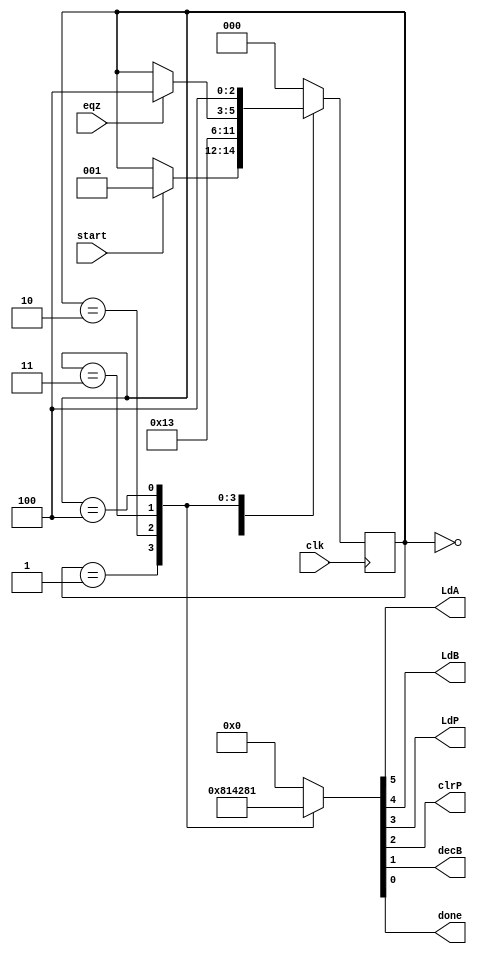
//control path for repeated multiplication data path
module MUL_controller (output reg LdA, LdB, LdP,
                         clrP, decB, done,
                        input  wire clk, eqz, start 
);

reg [2:0] state;
parameter   s0= 3'b000,
            s1= 3'b001,
            s2= 3'b010,
            s3= 3'b011,
            s4= 3'b100;

always @(posedge clk) begin
    case(state)
    s0: if(start) state<= s1;
    s1: state<= s2;
    s2: state<= s3;
    s3: if(eqz) state<= s4;
    s4: state<= s4;
    default: state<= s0;
    endcase
end

always @(state) begin
    case (state)
    s0: {LdA, LdB, LdP, clrP, decB, done}<=6'b000000;
    s1: {LdA, LdB, LdP, clrP, decB, done}<=6'b100000;
    s2: {LdA, LdB, LdP, clrP, decB, done}<=6'b010100;
    s3: {LdA, LdB, LdP, clrP, decB, done}<=6'b001010;
    s4: {LdA, LdB, LdP, clrP, decB, done}<=6'b000001;
        default: {LdA, LdB, LdP, clrP, decB, done}<=6'b000000;
    endcase
end

endmodule //MUL_controller